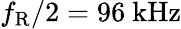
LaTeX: f_{\mathrm{R}}/2=96~\mathrm{kHz}